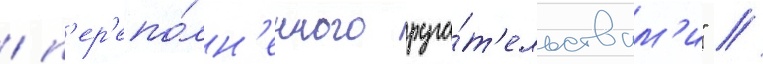
/ п'ер'епо́лн'енного руга́т'ельствам'и" //